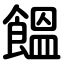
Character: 饂